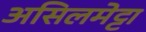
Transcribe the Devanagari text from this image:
असिलमेट्टा